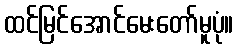
ထင်မြင်အောင်မေးတော်မူပုံ။